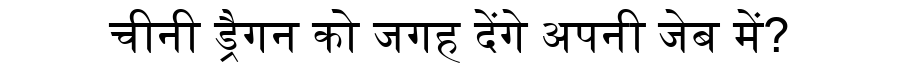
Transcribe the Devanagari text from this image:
चीनी ड्रैगन को जगह देंगे अपनी जेब में?